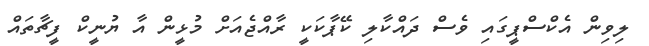
ލިވިން އެކްސްޕީގައި ވެސް ދައްކާލި ކޭޕާކަކީ ރާއްޖެއަށް މުޅީން އާ ޔުނީކް ފީޗާތައް